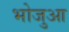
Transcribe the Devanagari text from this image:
भोजुआ